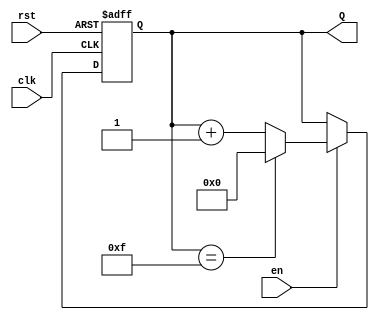
module up_counter (
    input wire clk,       // Clock signal
    input wire en,        // Enable signal
    input wire rst,       // Reset signal
    output reg [3:0] Q    // 4-bit counter output
);

    // Always block triggered on the rising edge of the clock
    always @(posedge clk or posedge rst) begin
        // Check for reset condition
        if (rst) begin
            Q <= 4'b0000;  // Reset counter to 0
        end else if (en) begin
            // Increment the counter and wrap around if it exceeds maximum value
            Q <= (Q == 4'b1111) ? 4'b0000 : Q + 1; // Wrap around at 15
        end
        // If enable is low, retain current value (no action needed)
    end

endmodule